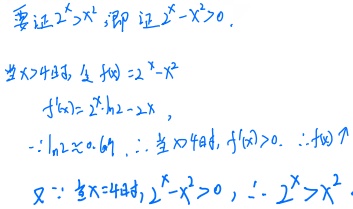
要证\(2^{x}>x^{2}\)，即证\(2^{x}-x^{2}>0\)。当\(x > 4\)时，令\(f(x)=2^{x}-x^{2}\)，\(f'(x)=2^{x}\cdot\ln 2 - 2x\)，\(\because\ln 2\approx0.69\)，\(\therefore\)当\(x > 4\)时，\(f'(x)>0\)，\(\therefore f(x)\)单调递增。又\(\because\)当\(x = 4\)时，\(2^{4}-4^{2}=0\)，\(\therefore 2^{x}>x^{2}\)。